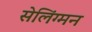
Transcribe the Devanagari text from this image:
सेलिंग्मन